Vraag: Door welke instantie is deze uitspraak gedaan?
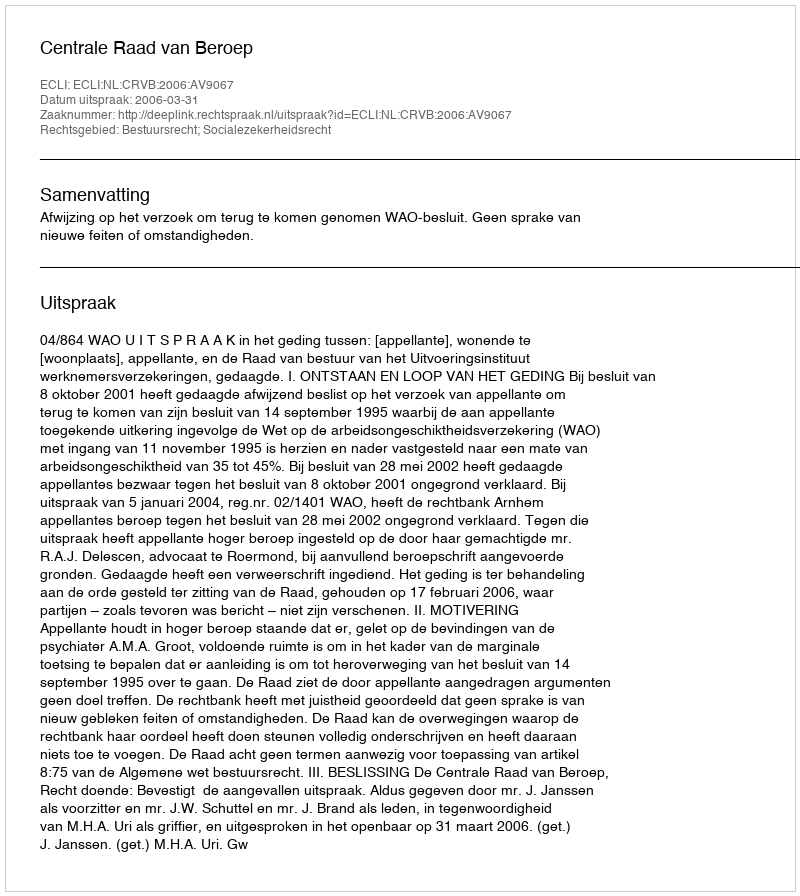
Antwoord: Centrale Raad van Beroep